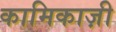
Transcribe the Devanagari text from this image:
कामिकाज़ी